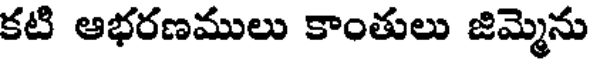
కటి ఆభరణములు కాంతులు జిమ్మెను